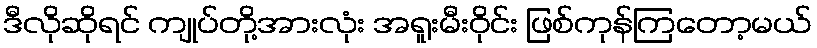
ဒီလိုဆိုရင် ကျုပ်တို့အားလုံး အရူးမီးဝိုင်း ဖြစ်ကုန်ကြတော့မယ်